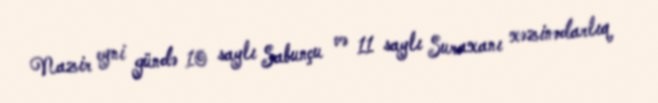
Nazir eyni gündə 10 saylı Sabunçu və 11 saylı Suraxanı xəzinədarlıq